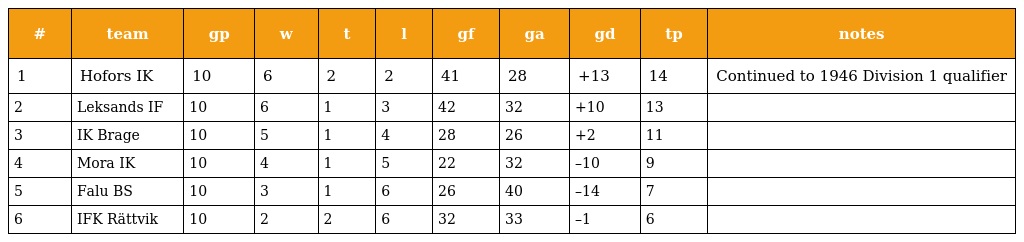
| # | team | gp | w | t | l | gf | ga | gd | tp | notes |
 | --- | --- | --- | --- | --- | --- | --- | --- | --- | --- | --- |
 | 1 | Hofors IK | 10 | 6 | 2 | 2 | 41 | 28 | +13 | 14 | Continued to 1946 Division 1 qualifier |
 | 2 | Leksands IF | 10 | 6 | 1 | 3 | 42 | 32 | +10 | 13 |  |
 | 3 | IK Brage | 10 | 5 | 1 | 4 | 28 | 26 | +2 | 11 |  |
 | 4 | Mora IK | 10 | 4 | 1 | 5 | 22 | 32 | –10 | 9 |  |
 | 5 | Falu BS | 10 | 3 | 1 | 6 | 26 | 40 | –14 | 7 |  |
 | 6 | IFK Rättvik | 10 | 2 | 2 | 6 | 32 | 33 | –1 | 6 |  |